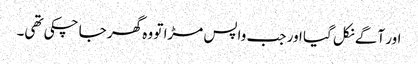
اور آگے نکل گیا اور جب واپس مڑا تو وہ گھر جا چکی تھی۔